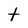
Character: t